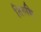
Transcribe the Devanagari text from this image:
तिरुच्चि